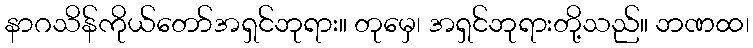
နာဂသိန်ကိုယ်တော်အရှင်ဘုရား။ တုမှေ၊ အရှင်ဘုရားတို့သည်။ ဘဏထ၊